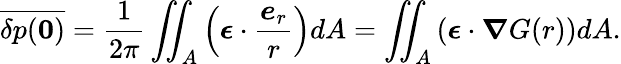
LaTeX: \overline{{\delta p(\boldsymbol{0})}}=\frac{1}{2\pi}\iint_{A}\left(\boldsymbol{\epsilon}\cdot\frac{\boldsymbol{e}_{r}}{r}\right)dA=\iint_{A}\left(\boldsymbol{\epsilon}\cdot\boldsymbol{\nabla}G(r)\right)dA.